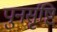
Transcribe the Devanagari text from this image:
पुनर्सृष्टि